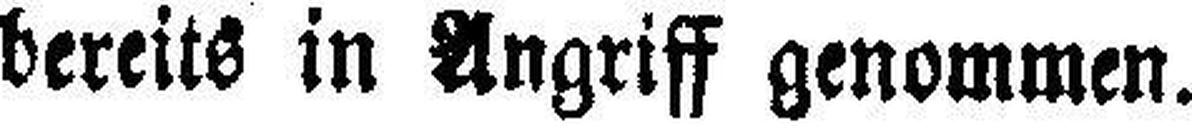
bereits in Angriff genommen.